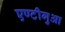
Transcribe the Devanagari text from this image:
एण्टीगुआ